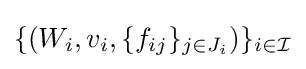
\{\left(W_{i},v_{i},\{f_{ij}\}_{j\in J_{i}}\right)\}_{i\in {\mathcal {I}}}